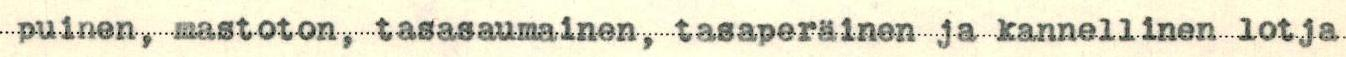
puinen, mastoton, tasasaumainen, tasaperäinen ja kannellinen lotja